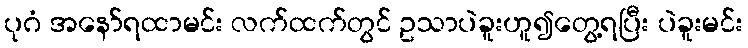
ပုဂံ အနော်ရထာမင်း လက်ထက်တွင် ဥသာပဲခူးဟူ၍တွေ့ရပြီး ပဲခူးမင်း